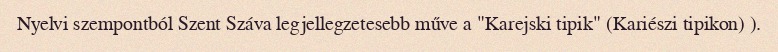
Nyelvi szempontból Szent Száva legjellegzetesebb műve a "Karejski tipik" (Kariészi tipikon) ).